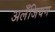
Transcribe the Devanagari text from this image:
अलँजियम